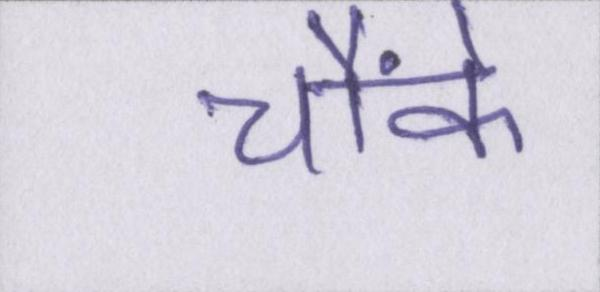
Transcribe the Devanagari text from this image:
चौंके